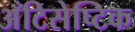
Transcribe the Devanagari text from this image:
अँटिसेप्टिक